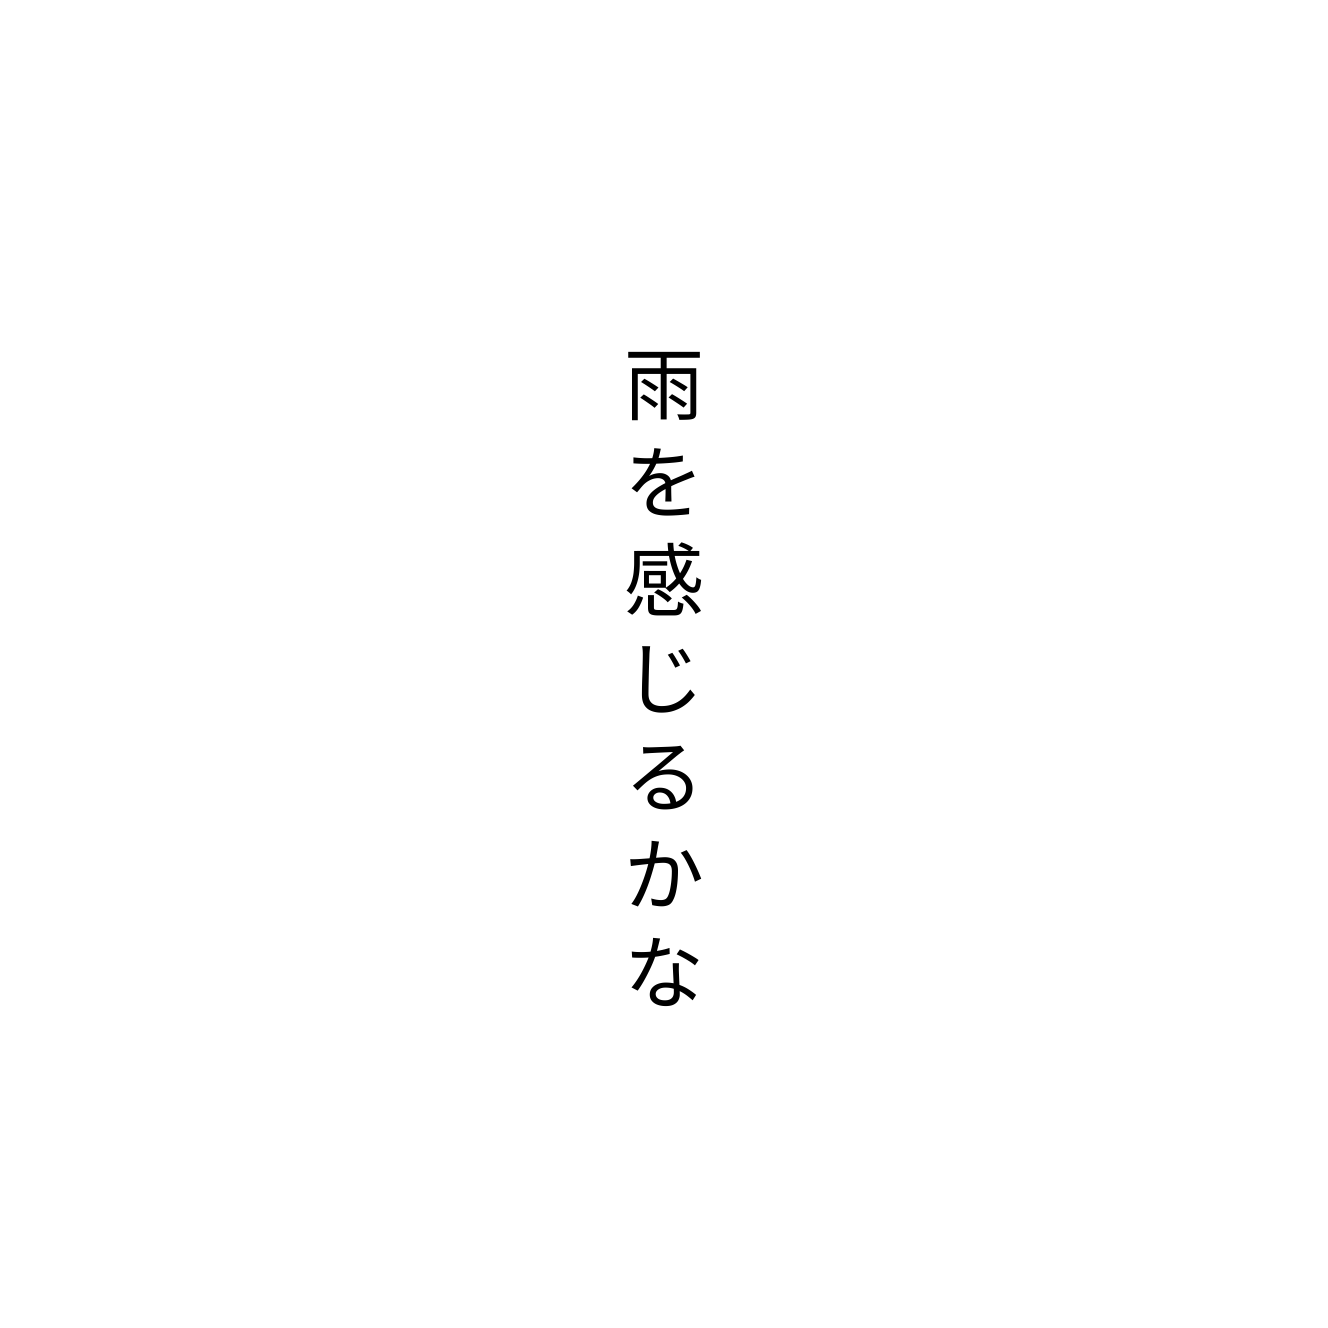
雨を感じるかな